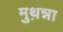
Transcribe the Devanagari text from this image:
मुथ़न्ना